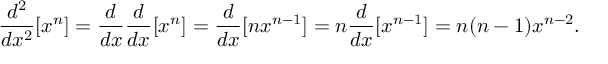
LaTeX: { \frac { d ^ { 2 } } { d x ^ { 2 } } } [ x ^ { n } ] = { \frac { d } { d x } } { \frac { d } { d x } } [ x ^ { n } ] = { \frac { d } { d x } } [ n x ^ { n - 1 } ] = n { \frac { d } { d x } } [ x ^ { n - 1 } ] = n ( n - 1 ) x ^ { n - 2 } .